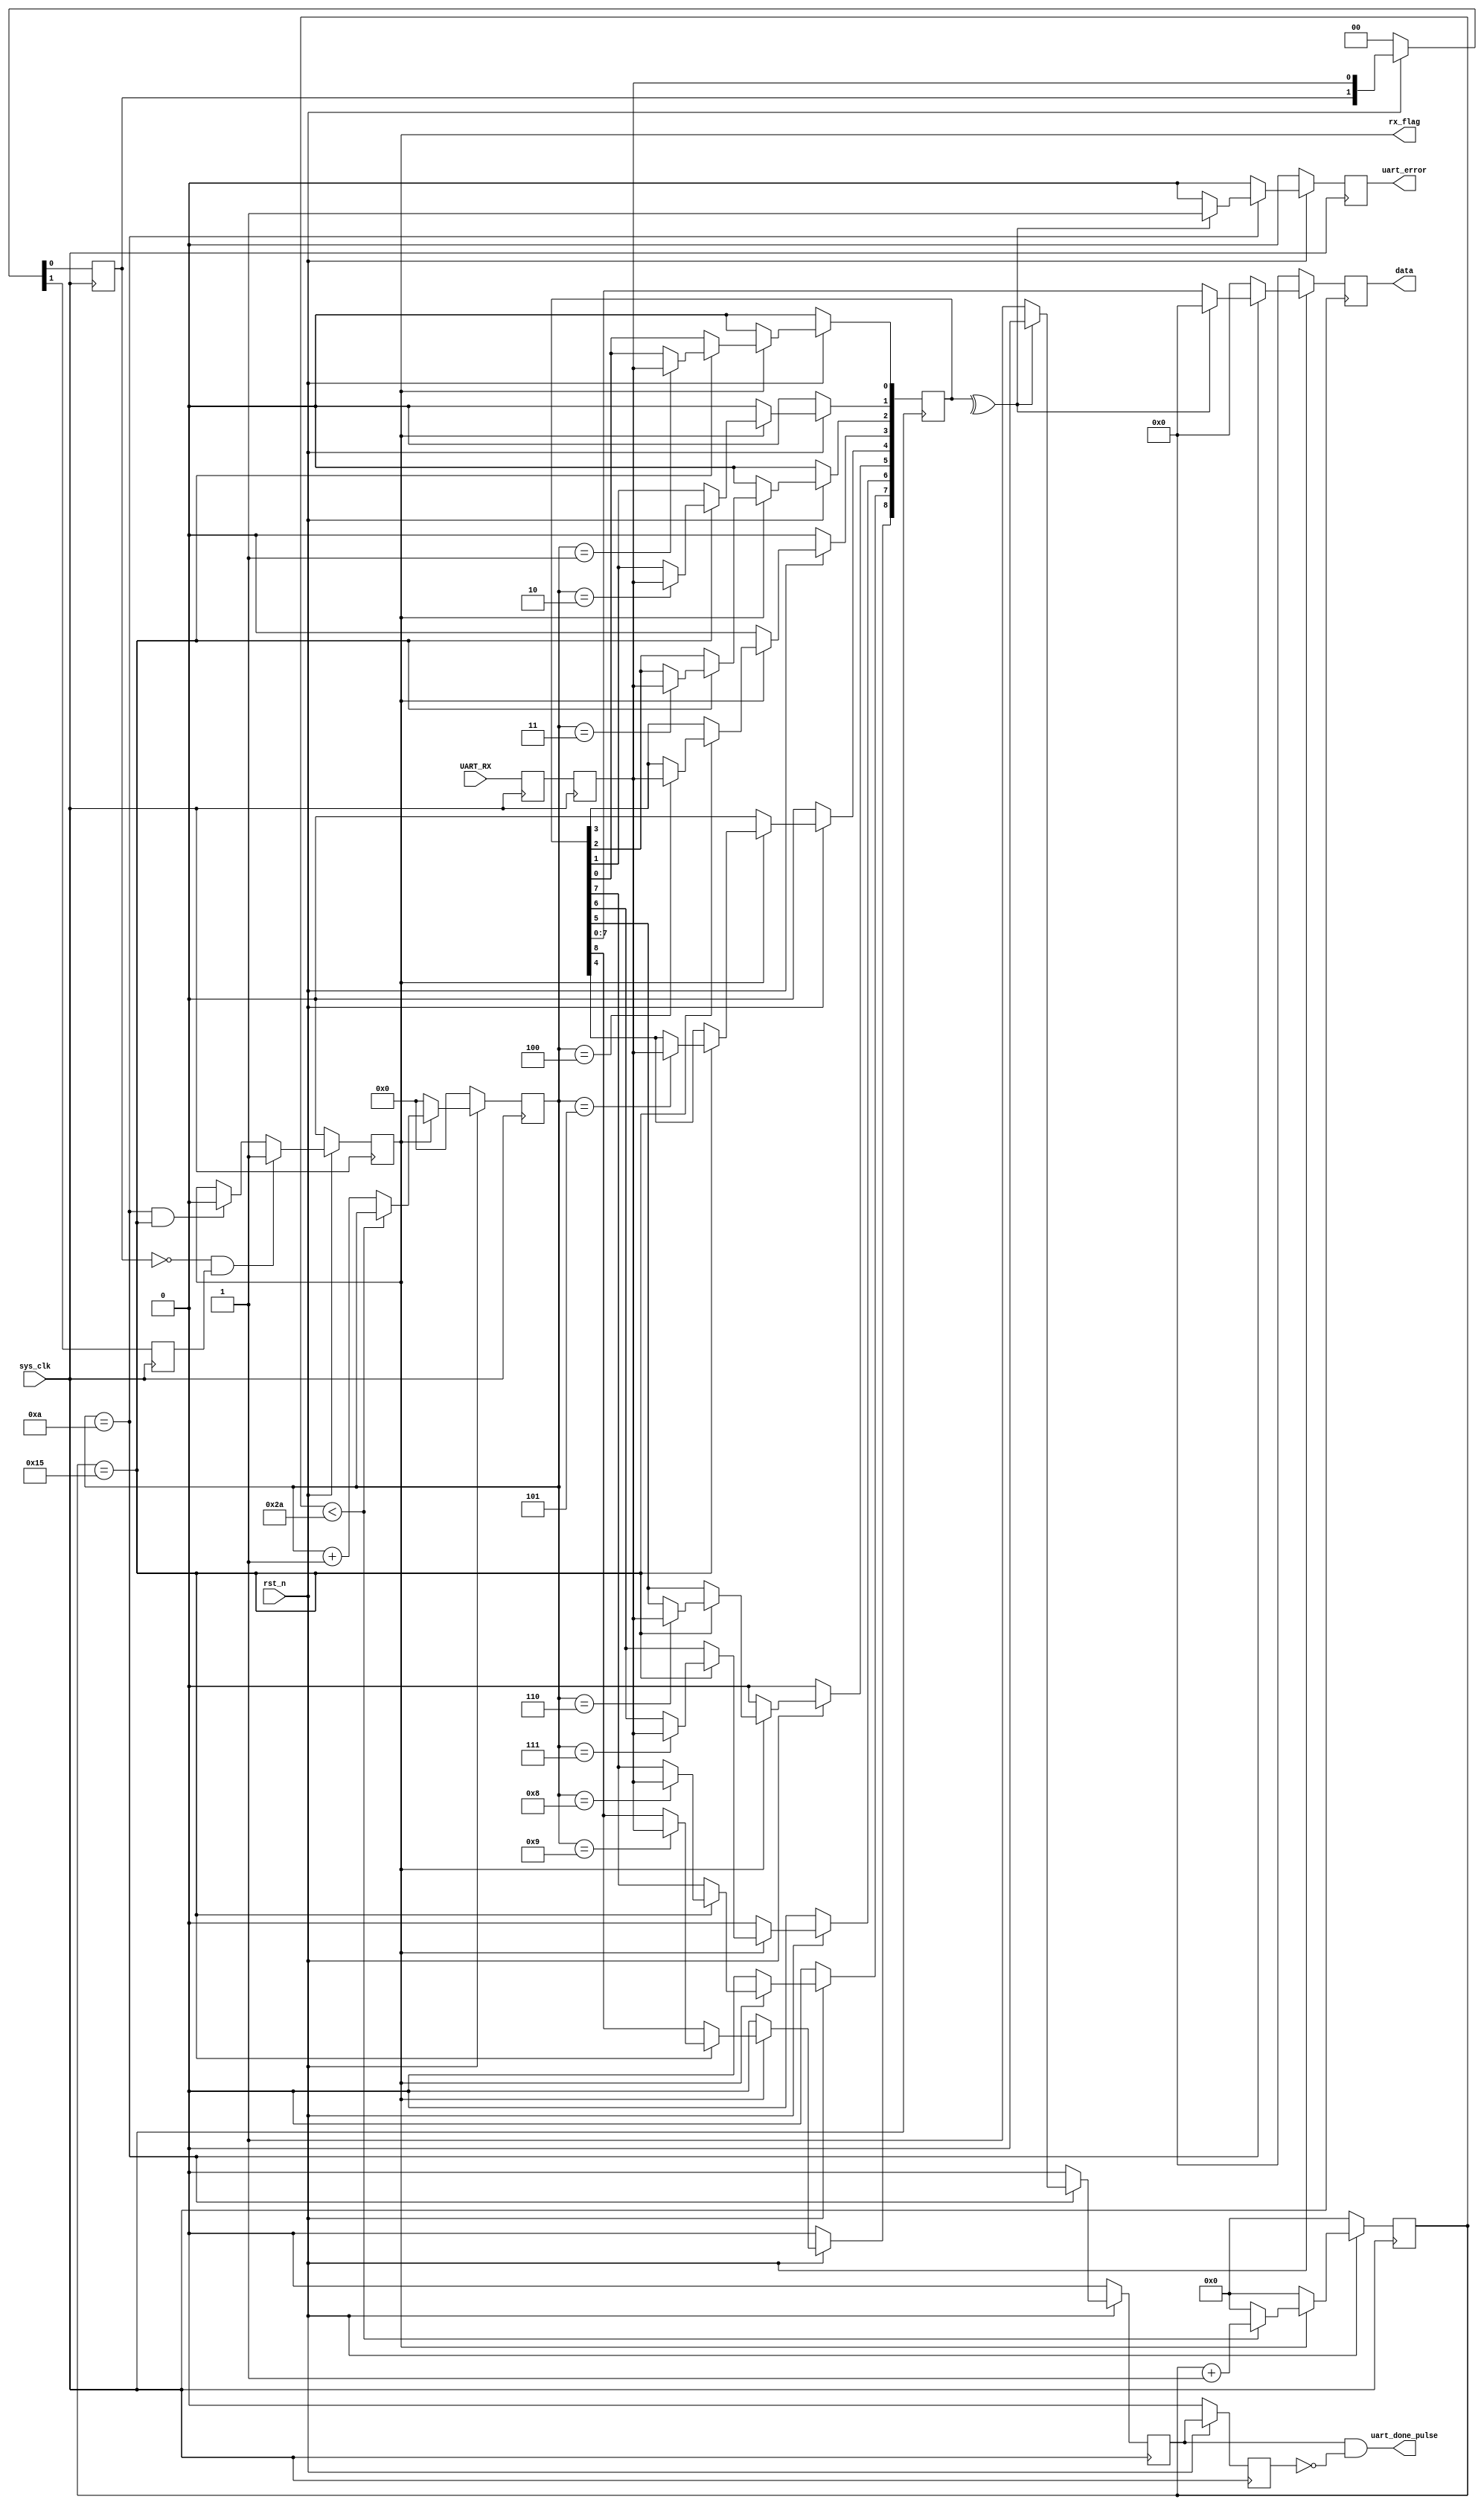
//815M115200
`timescale 1ns / 10ps
module uart_rxd(input sys_clk,
				input rst_n,
				
				input UART_RX,
				output wire uart_done_pulse,
				output reg uart_error,
				output reg [7:0] data,
				output reg rx_flag);
//
wire [5:0] BPS_CNT = 6'd43;  //BPS_CNT =  / 
reg [5:0] clk_cnt;

//
reg uart_rxd_d0;
reg uart_rxd_d1;
wire start_flag;

//
reg [3:0] rx_cnt;  //
reg [8:0] rx_data;  //
reg uart_done,uart_done0;

reg RX0,RX1;
always@(posedge sys_clk) begin
	{RX1,RX0} <= #1 {RX0,UART_RX};
end
wire uart_rxd = RX1;

always@(posedge sys_clk) begin
	if(!rst_n) uart_done0 <= #1 1'b0;
	else #1 uart_done0 <= uart_done;
end
assign uart_done_pulse = uart_done & ~uart_done0;

assign start_flag = (~uart_rxd_d0) & (uart_rxd_d1);  //

//
always@(posedge sys_clk) begin
	if(!rst_n) {uart_rxd_d1,uart_rxd_d0} <= #1 2'b0;
	else {uart_rxd_d1,uart_rxd_d0} <= #1 {uart_rxd_d0,uart_rxd};
end

//start_flag,rx_flag
always@(posedge sys_clk) begin
	if(!rst_n) rx_flag <= #1 1'b0;
	else if(start_flag) rx_flag <= #1 1'b1;
	else if((rx_cnt == 4'd10) && (clk_cnt == BPS_CNT/2)) rx_flag <= #1 1'b0;
	else rx_flag <= #1 rx_flag;
end

//
always@(posedge sys_clk) begin
	if(!rst_n) clk_cnt <= #1 6'b0;
	else if(rx_flag)
		if(clk_cnt < BPS_CNT - 1'b1) clk_cnt <= #1 clk_cnt + 1'b1;
		else clk_cnt <= #1 6'b0;
	else clk_cnt <= #1 6'b0;
end

//
always@(posedge sys_clk) begin
	if(!rst_n) rx_cnt <= #1 4'b0;
	else if(rx_flag)
		if(clk_cnt < BPS_CNT - 1'b1) rx_cnt <= #1 rx_cnt;
		else rx_cnt <= #1 rx_cnt + 1'b1;
	else rx_cnt <= #1 4'b0;
end

//
always@(posedge sys_clk) begin
	if(!rst_n) rx_data <= #1 8'b0;
	else if(rx_flag)
		if(clk_cnt == BPS_CNT/2)
			case(rx_cnt)
			4'd1: rx_data[0] <= #1 uart_rxd;
			4'd2: rx_data[1] <= #1 uart_rxd;
			4'd3: rx_data[2] <= #1 uart_rxd;
			4'd4: rx_data[3] <= #1 uart_rxd;
			4'd5: rx_data[4] <= #1 uart_rxd;
			4'd6: rx_data[5] <= #1 uart_rxd;
			4'd7: rx_data[6] <= #1 uart_rxd;
			4'd8: rx_data[7] <= #1 uart_rxd;
			4'd9: rx_data[8] <= #1 uart_rxd;
			default: rx_data <= #1 rx_data;
			endcase
		else rx_data <= #1 rx_data;
	else rx_data <= #1 8'b0;
end

//
always@(posedge sys_clk) begin
	if(!rst_n)
		data <= #1 8'b0;
	else if(rx_cnt == 4'd10)
		if(~(^rx_data)) data <= #1 rx_data [7:0];
		else data <= #1 8'b0;
	else data <= #1 8'b0;
end

always@(posedge sys_clk) begin
	if(!rst_n) uart_error <= #1 1'b0;
	else if(rx_cnt == 4'd10)
		if(~(^rx_data)) uart_error <= #1 1'b0;
		else uart_error <= #1 1'b1;
	else uart_error <= #1 1'b0;
end

always@(posedge sys_clk) begin
	if(!rst_n) uart_done <= #1 1'b0;
	else if(rx_cnt == 4'd10)
		if(~(^rx_data)) uart_done <= #1 1'b1;
		else uart_done <= #1 1'b0;
	else uart_done <= #1 1'b0;
end

endmodule